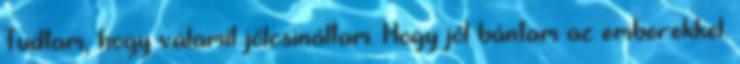
Tudtam, hogy valamit jólcsináltam. Hogy jól bántam az emberekkel.